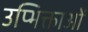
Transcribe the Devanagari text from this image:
उप्भिक्ताओं